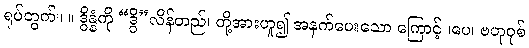
ရုပ်တွက်။ ။ ဒွိန္နံကို “ဒွိ”လိန်တည်၊ တို့အားဟူ၍ အနက်ပေးသော ကြောင့် ၊ပေ၊ ဗဟုဝုစ်